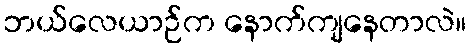
ဘယ်လေယာဉ်က နောက်ကျနေတာလဲ။